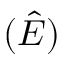
( \hat { E } )